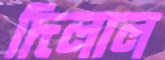
দিলাল